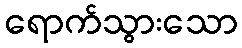
ရောက်သွားသော